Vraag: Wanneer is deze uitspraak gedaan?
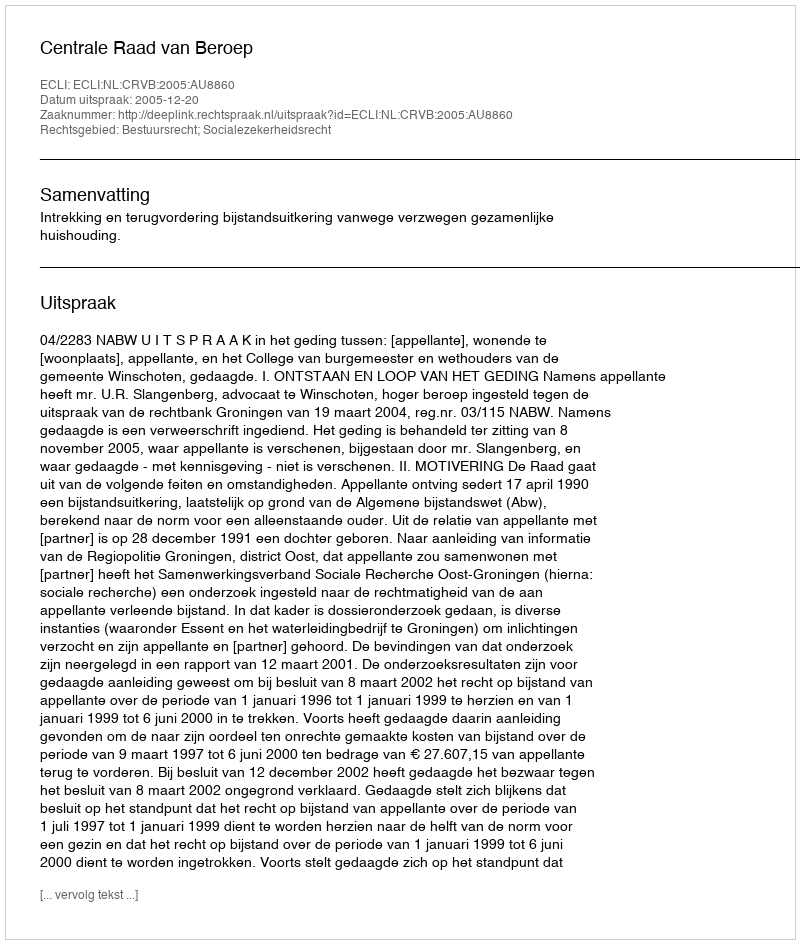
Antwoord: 2005-12-20